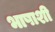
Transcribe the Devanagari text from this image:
भाषाशी